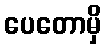
ပေတောမှိ